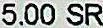
5.00 SR